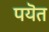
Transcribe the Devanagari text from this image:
पयॆत